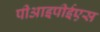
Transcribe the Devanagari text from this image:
पीआइपीईएस